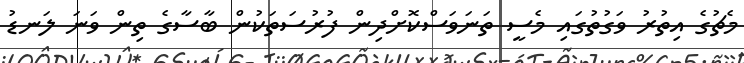
މެޗުގެ އިތުރު ވަގުތުގައި މެސީ ތަނަވަސްކޮށްދިން ފުރުސަތަކުން ބާސާގެ ތިން ވަަނަ ލަނޑު